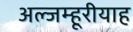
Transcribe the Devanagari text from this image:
अल्जम्हूरीयाह